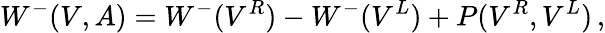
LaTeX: W^{-}(V,A)=W^{-}(V^{R})-W^{-}(V^{L})+P(V^{R},V^{L})\, ,